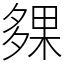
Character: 㚌